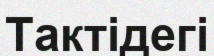
Тактідегі